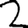
Digit: 2